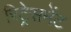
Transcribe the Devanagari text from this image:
रिट्रेसमेंट